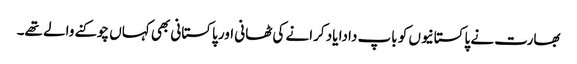
بھارت نے پاکستانیوں کو باپ دادا یاد کرانے کی ٹھانی اور پاکستانی بھی کہاں چوکنے والے تھے۔